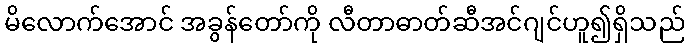
မိလောက်အောင် အခွန်တော်ကို လီတာဓာတ်ဆီအင်ဂျင်ဟူ၍ရှိသည်